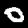
Digit: 0